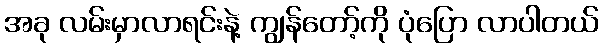
အခု လမ်းမှာလာရင်းနဲ့ ကျွန်တော့်ကို ပုံပြော လာပါတယ်